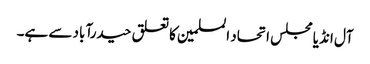
آل انڈیا مجلس اتحاد المسلمین کا تعلق حیدرآباد سے ہے۔